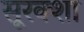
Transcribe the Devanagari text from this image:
सूरक्शा